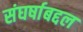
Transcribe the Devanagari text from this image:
संघर्षाबद्दल